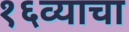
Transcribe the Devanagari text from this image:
१६व्याचा